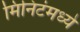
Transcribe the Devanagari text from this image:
मिनिटंमध्ये